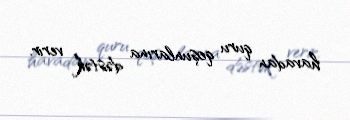
havadan quru qoşunlarına dəstək verir.